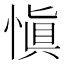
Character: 愼